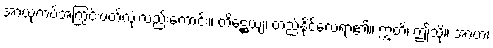
အာယုကပ်အကြွင်းပတ်လုံးလည်းကောင်း။ တိဋ္ဌေယျ၊ တည်နိုင်လေရာ၏။ ဣတိ၊ ဤသို့။ အာဟ၊